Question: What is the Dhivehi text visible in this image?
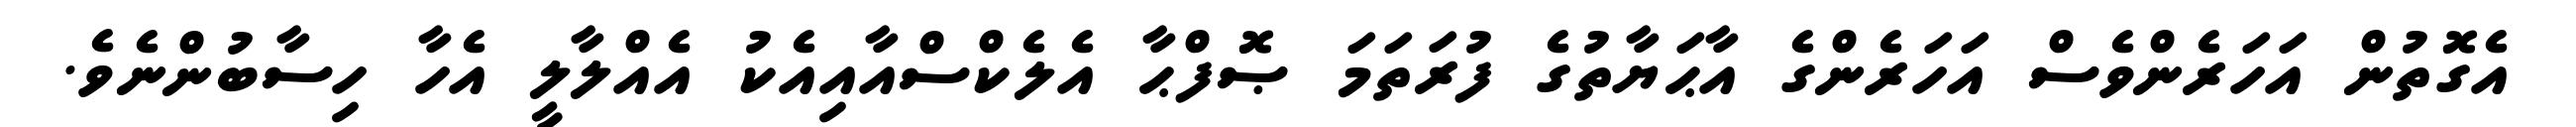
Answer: އެގޮތުން އަހަރެންވެސް އަހަރެންގެ އާޙަޔާތުގެ ފުރަތަމަ ޞޮފްޙާ އެލެކްސްއާއިއެކު އެއްލާލީ އެހާ ހިސާބުންނެވެ.